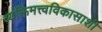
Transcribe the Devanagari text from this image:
व्यक्तिमत्त्वविकासाशी